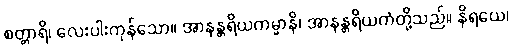
စတ္တာရိ၊ လေးပါးကုန်သော။ အာနန္တရိယကမ္မာနိ၊ အာနန္တရိယကံတို့သည်။ နိရယေ၊